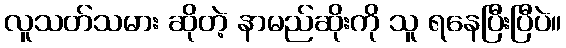
လူသတ်သမား ဆိုတဲ့ နာမည်ဆိုးကို သူ ရနေပြီးပြီပဲ။